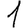
Digit: 1